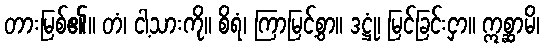
တားမြစ်၏။ တံ၊ ငါ့သားကို။ စိရံ၊ ကြာမြင့်စွာ။ ဒဋ္ဌုံ၊ မြင်ခြင်းငှာ။ ဣစ္ဆာမိ၊